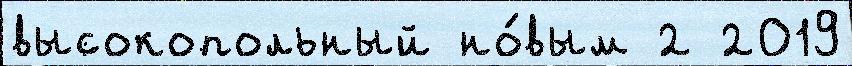
высокопольный но́вым 2 2019